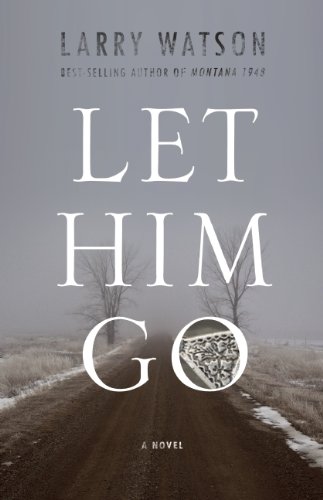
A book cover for Let Him Go: A Novel; Larry Watson; Parenting & Relationships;